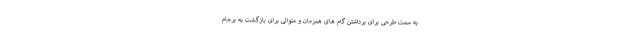
به سمت طرحی برای برداشتن گام های همزمان و متوالی برای بازگشت به برجام